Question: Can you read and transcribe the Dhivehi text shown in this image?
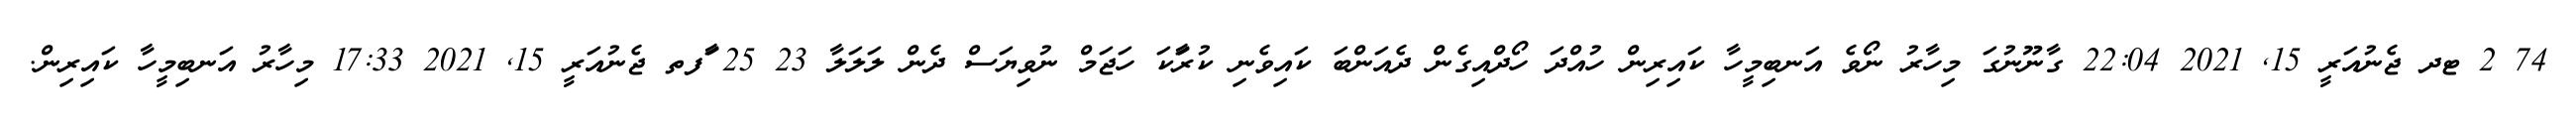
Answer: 74 2 ޓދ ޖެނުއަރީ 15, 2021 22:04 ގާނޫނުގަ މިހާރު ނޯވެ އަނބިމީހާ ކައިރިން ހުއްދަ ހޯދްއިގެން ދެއަންބަ ކައިވެނި ކުރަާކަ ހަޖަމް ނުވިޔަސް ދެން ލަލަލާ 23 25 ާަފތ ޖެނުއަރީ 15, 2021 17:33 މިހާރު އަނބިމީހާ ކައިރިން.